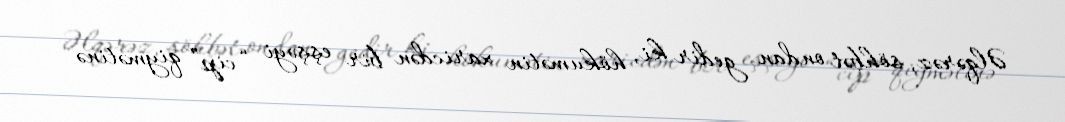
Əlqərəz, söhbət ondan gedir ki, hökumətin xaricdən bir eşşəyi “cip” qiymətinə -